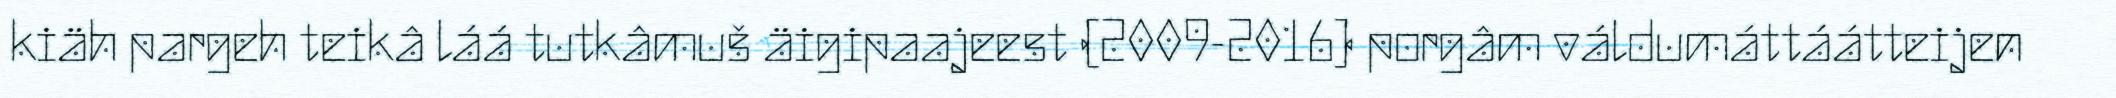
kiäh pargeh teikâ láá tutkâmuš äigipaajeest (2009-2016) porgâm váldumáttáátteijen